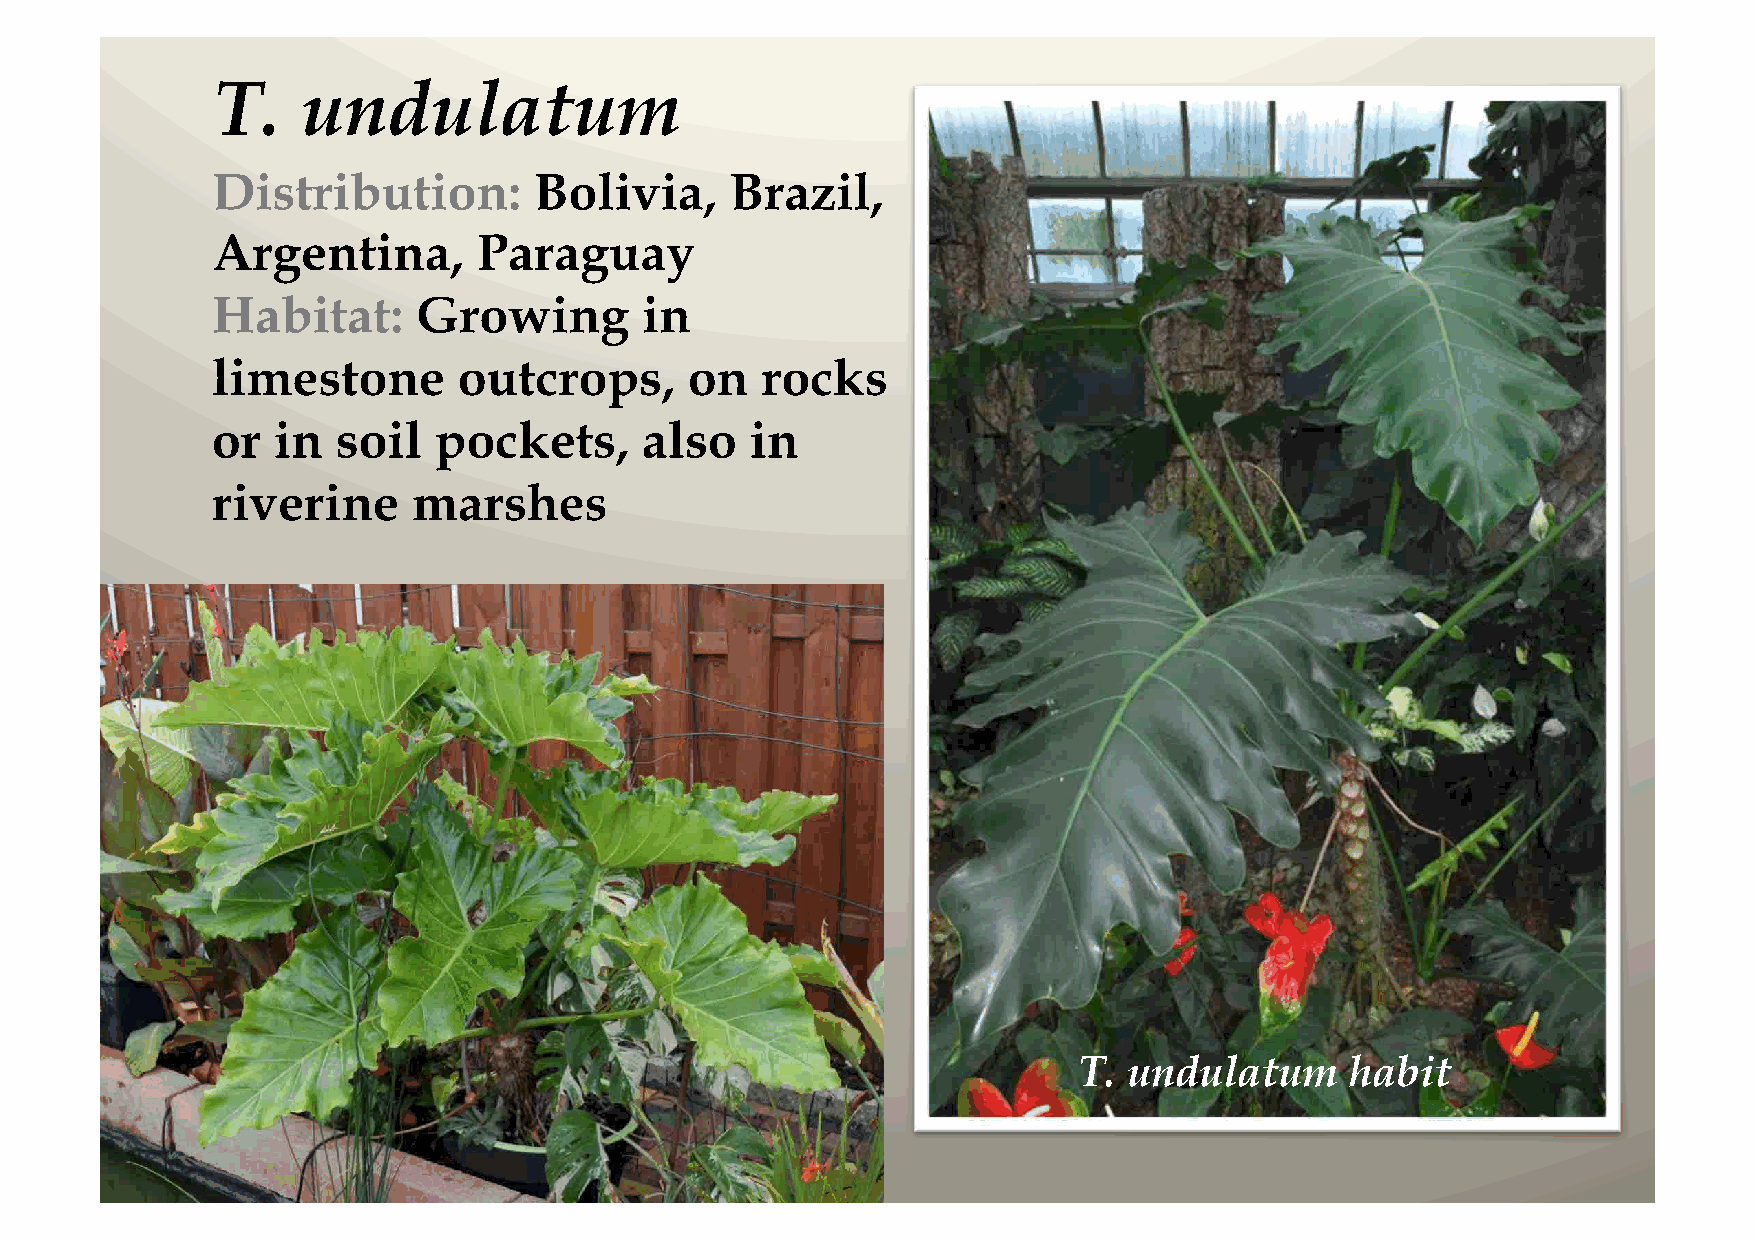
T.    undulatum
 Distribution:        Bolivia,     Brazil,
 Argentina,        Paraguay
 Habitat:      Growing       in
 limestone       outcrops,       on  rocks
 or  in  soil   pockets,     also    in
 riverine     marshes
 T.  undulatum     habit